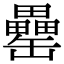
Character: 罍